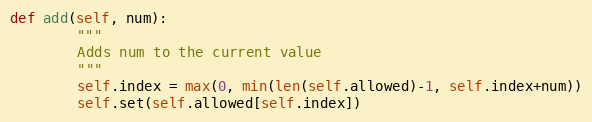
Language: Python
def add(self, num):
        """
        Adds num to the current value
        """
        self.index = max(0, min(len(self.allowed)-1, self.index+num))
        self.set(self.allowed[self.index])